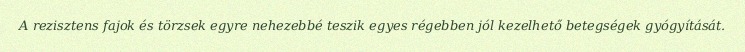
A rezisztens fajok és törzsek egyre nehezebbé teszik egyes régebben jól kezelhető betegségek gyógyítását.